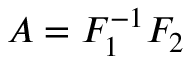
A = F _ { 1 } ^ { - 1 } F _ { 2 }